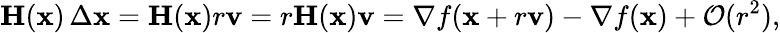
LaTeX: \mathbf{H}(\mathbf{x})\, \Delta\mathbf{x}=\mathbf{H}(\mathbf{x})r\mathbf{v}=r\mathbf{H}(\mathbf{x})\mathbf{v}=\nabla f(\mathbf{x}+r\mathbf{v})-\nabla f(\mathbf{x})+{\mathcal{O}}(r^{2}),